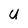
Character: u